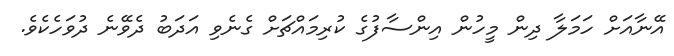
އޭނާއަށް ހަމަލާ ދިން މީހުން އިންސާފުގެ ކުރިމައްޗަށް ގެނެވި އަދަބު ދެވޭނެ ދުވަހެކެވެ.